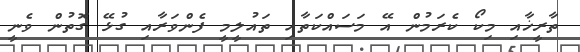
ތާރީޚާއި މިކޯ ކެރަމުން އޭ މަސައްކަތާއި ތައުލީމީ ފެންވަރާއި ގުޅޭ ގޮތުން ވެނީ